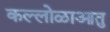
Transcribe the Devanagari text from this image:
कल्लोळाआतु